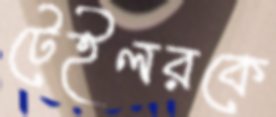
টেইলরকে